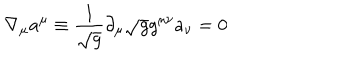
LaTeX: \nabla _ { \mu } a ^ { \mu } \equiv { \frac { 1 } { \sqrt g } } \partial _ { \mu } \sqrt g g ^ { \mu \nu } a _ { \nu } = 0